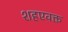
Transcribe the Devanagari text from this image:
शहएवक्त